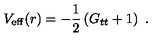
V _ { \mathrm { e f f } } ( r ) = - \frac { 1 } { 2 } \left( G _ { t t } + 1 \right) \ .